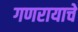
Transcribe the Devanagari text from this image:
गणरायाचे